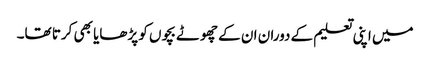
میں اپنی تعلیم کے دوران ان کے چھوٹے بچوں کو پڑھایا بھی کرتا تھا۔